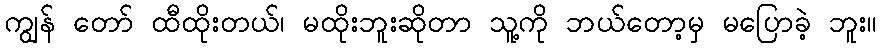
ကျွန် တော် ထီထိုးတယ်၊ မထိုးဘူးဆိုတာ သူ့ကို ဘယ်တော့မှ မပြောခဲ့ ဘူး။